Vaccination United Provinces of Agra and Oudh 1914-1922 - 1914-1922
Year: 1914
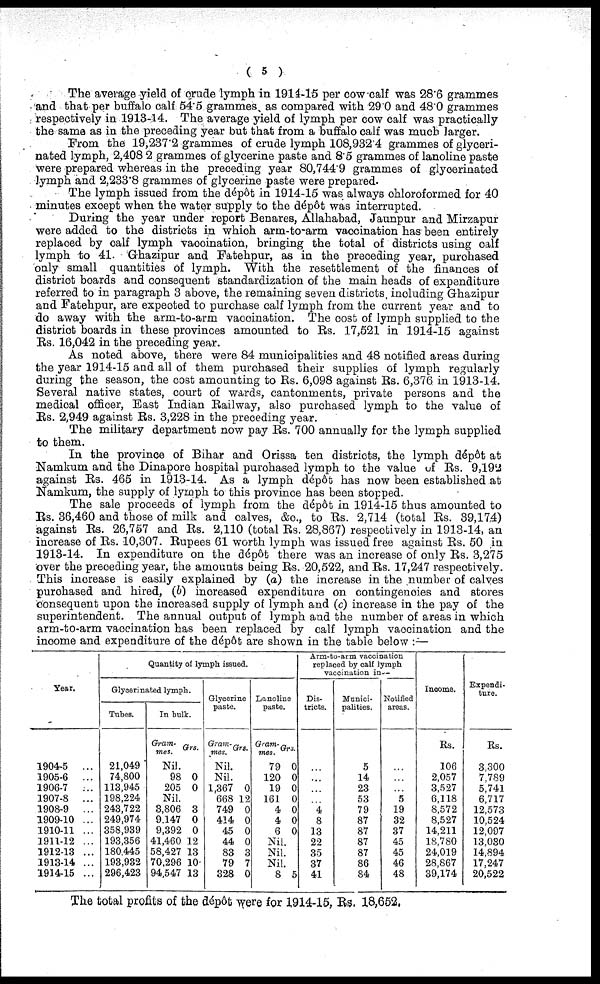
( 5 )
The average yield of crude lymph in 1914-15 per cow calf was 28.6 grammes
and that per buffalo calf 54.5 grammes as compared with 29.0 and 48.0 grammes
respectively in 1913-14. The average yield of lymph per cow calf was practically
the same as in the preceding year but that from a buffalo calf was much larger.
From the 19,237.2 grammes of crude lymph 108,932.4 grammes of glyceri¬
nated lymph, 2,408 2 grammes of glycerine paste and 8.5 grammes of lanoline paste
were prepared whereas in the preceding year 80,744.9 grammes of glycerinated
lymph and 2,233.8 grammes of glycerine paste were prepared.
The lymph issued from the dépôt in 1914-15 was always chloroformed for 40
minutes except when the water supply to the dépôt was interrupted.
During the year under report Benares, Allahabad, Jaunpur and Mirzapur
were added to the districts in which arm-to-arm vaccination has been entirely
replaced by calf lymph vaccination, bringing the total of districts using calf
lymph to 41. Ghazipur and Fatehpur, as in the preceding year, purchased
only small quantities of lymph. With the resettlement of the finances of
district boards and consequent standardization of the main heads of expenditure
referred to in paragraph 3 above, the remaining seven districts including Ghazipur
and Fatehpur, are expected to purchase calf lymph from the current year and to
do away with the arm-to-arm vaccination. The cost of lymph supplied to the
district boards in these provinces amounted to Rs. 17,521 in 1914-15 against
Rs. 16,042 in the preceding year.
As noted above, there were 84 municipalities and 48 notified areas during
the year 1914-15 and all of them purchased their supplies of lymph regularly
during the season, the cost amounting to Rs. 6,098 against Rs. 6,376 in 1913-14.
Several native states, court of wards, cantonments, private persons and the
medical officer, East Indian Railway, also purchased lymph to the value of
Rs. 2,949 against Rs. 3,228 in the preceding year.
The military department now pay Rs. 700 annually for the lymph supplied
to them.
In the province of Bihar and Orissa ten districts, the lymph dépôt at
Namkum and the Dinapore hospital purchased lymph to the value of Rs. 9,192
against Rs. 465 in 1913-14. As a lymph dépôt has now been established at
Namkum, the supply of lymph to this province has been stopped.
The sale proceeds of lymph from the dépôt in 1914-15 thus amounted to
Rs. 36,460 and those of milk and calves, &c., to Rs. 2,714 (total Rs. 39,174)
against Rs. 26,757 and Rs. 2,110 (total Rs. 28,867) respectively in 1913-14, an
increase of Rs. 10,307. Rupees 61 worth lymph was issued free against Rs. 50 in
1913-14. In expenditure on the dépôt there was an increase of only Rs. 3,275
over the preceding year, the amounts being Rs. 20,522, and Rs. 17,247 respectively.
This increase is easily explained by (a) the increase in the number of calves
purchased and hired, (b) increased expenditure on contingencies and stores
consequent upon the increased supply of lymph and (c) increase in the pay of the
superintendent. The annual output of lymph and the number of areas in which
arm-to-arm vaccination has been replaced by calf lymph vaccination and the
income and expenditure of the dépôt are shown in the table below :—
Year.
1904-5
...
1905-6
...
1906-7
...
1907-8
...
1908-9
...
1909-10 ...
1910-11 ...
1911-12 ...
1912-13 ...
1913-14 ...
1914-15 ...
Quantity of lymph issued.
Glycerinated lymph.
Tubes.
21,049
74,800
113,945
198,224
243,722
249,974
358,939
193,356
180,445
193,932
296,423
In bulk.
Gram¬
mes. Grs.
Nil.
98
205
0
0
Nil.
3,806
9,147
9,392
41,460
58,427
70,296
94,547
3
0
0
12
13
10
13
Glycerine
paste.
Gram¬
mes. Grs.
Nil.
Nil.
1,367
668
749
414
45
44
83
79
328
0
12
0
0
0
0
3
7
0
Lanoline
paste.
Gram¬
mes.
79
120
19
161
4
4
6
Grs.
0
0
0
0
0
0
0
Nil.
Nil.
Nil.
8 5
Arm-to-arm vaccination
replaced by calf lymph
vaccination in.—
Dis-
tricts.
...
...
...
...
4
8
13
22
35
37
41
Munici-
palities.
5
14
23
53
79
87
87
87
87
86
84
Notified
areas.
...
...
...
5
19
32
37
45
45
46
48
Income.
Rs.
106
2,057
3,527
6,118
8,572
8,527
14,211
18,780
24,019
28,867
39,174
Expendi-
ture.
Rs.
3,300
7,789
5,741
6,717
12,573
10,524
12,097
13,080
14,894
17,247
20,522
The total profits of the dépôt were for 1914-15, Rs. 18,652.